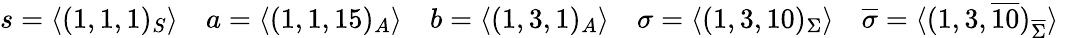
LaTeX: s=\langle(1,1,1)_{S}\rangle\quad a=\langle(1,1,15)_{A}\rangle\quad b=\langle(1,3,1)_{A}\rangle\quad\sigma=\langle(1,3,10)_{\Sigma}\rangle\quad\overline{{\sigma}}=\langle(1,3,\overline{{{10}}})_{\overline{{\Sigma}}}\rangle\quad